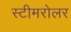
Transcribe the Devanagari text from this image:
स्टीमरोलर